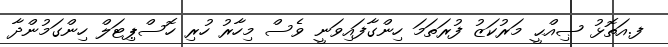
ފ.އަތޮޅު ޞިއްޙީ މަރުކަޒު ފުރަތަމަ ހިންގާފައިވަނީ ވެސް މިހާރު ހުރި ހޮސްޕިޓަލް ހިންގަމުންދާ